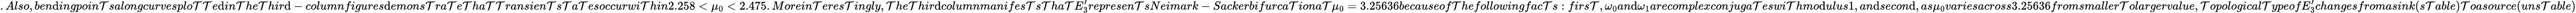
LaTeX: .Also,ben\mathrm{d}ingpoin\mathcal{T}salongcurvesplo\mathcal{T}\mathcal{T}e\mathrm{d}in\mathcal{T}he\mathcal{T}hir\mathrm{d}-columnfigures\mathrm{d}emons\mathcal{T}ra\mathcal{T}e\mathcal{T}ha\mathcal{T}\mathcal{T}ransien\mathcal{T}s\mathcal{T}a\mathcal{T}esoccurwi\mathcal{T}hin2.258<\mu_{0}<2.475.Morein\mathcal{T}eres\mathcal{T}ingly,\mathcal{T}he\mathcal{T}hir\mathrm{d}columnmanifes\mathcal{T}s\mathcal{T}ha\mathcal{T}E_{3}^{\prime}represen\mathcal{T}sNeimark-Sackerbifurca\mathcal{T}iona\mathcal{T}\mu_{0}=3.25636becauseof\mathcal{T}hefollowingfac\mathcal{T}s:firs\mathcal{T},\omega_{0}an\mathrm{d}\omega_{1}arecomplexconjuga\mathcal{T}eswi\mathcal{T}hmo\mathrm{d}ulus1,an\mathrm{d}secon\mathrm{d},as\mu_{0}variesacross3.25636fromsmaller\mathcal{T}olargervalue,\mathcal{T}opological\mathcal{T}ypeofE_{3}^{\prime}changesfromasink(s\mathcal{T}able)\mathcal{T}oasource(uns\mathcal{T}able)